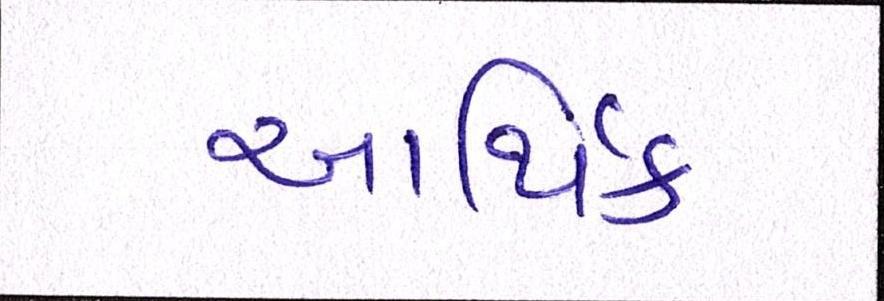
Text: આર્થિક